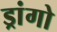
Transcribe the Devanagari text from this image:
ड्रांगो